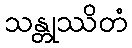
သန္တုဿိတံ